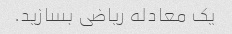
یک معادله ریاضی بسازید.